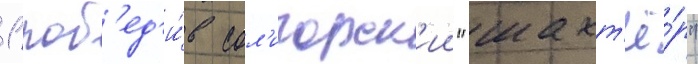
1 поб'ед'и́в сол'игорск'ии "шахт'ё́р"